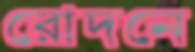
রোদনে